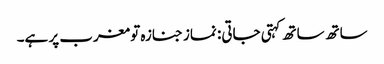
ساتھ ساتھ کہتی جاتی: نماز جنازہ تو مغرب پر ہے۔